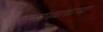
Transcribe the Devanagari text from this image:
अल्पसंख्यांकाच्या